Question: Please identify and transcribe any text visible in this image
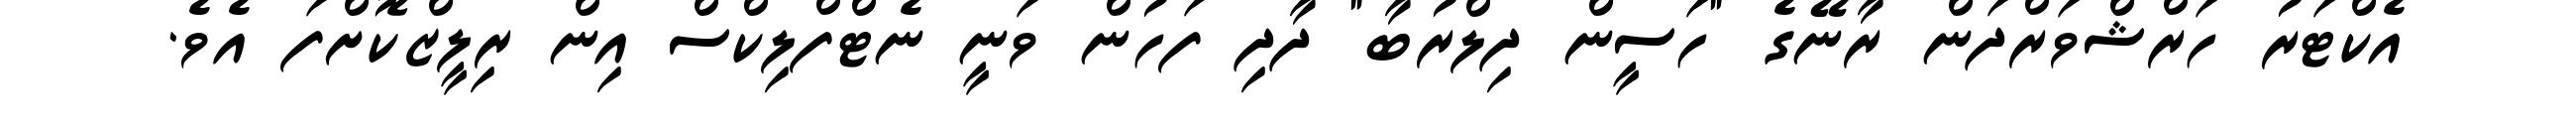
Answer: އެކްޓަރު ހަރްޝްވަރްދަން ރާނޭގެ "ހަސީން ދިލްރުބާ" ދާދި ފަހުން ވަނީ ނެޓްފްލިކްސް އިން ރިލީޒްކޮށްފަ އެވެ.